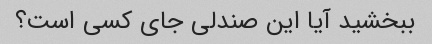
ببخشید آیا این صندلی جای کسی است؟